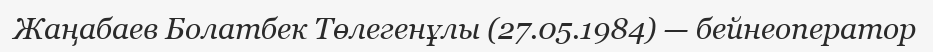
Жаңабаев Болатбек Төлегенұлы (27.05.1984) — бейнеоператор